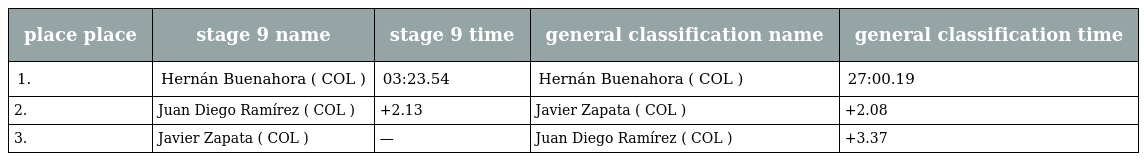
| place place | stage 9 name | stage 9 time | general classification name | general classification time |
 | --- | --- | --- | --- | --- |
 | 1. | Hernán Buenahora ( COL ) | 03:23.54 | Hernán Buenahora ( COL ) | 27:00.19 |
 | 2. | Juan Diego Ramírez ( COL ) | +2.13 | Javier Zapata ( COL ) | +2.08 |
 | 3. | Javier Zapata ( COL ) | — | Juan Diego Ramírez ( COL ) | +3.37 |